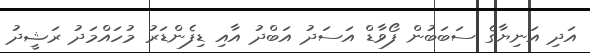
އަދި އަނިޔާގެ ސަބަބުން ފޯވާޑް އަސަދު އަބްދު އާއި ޑިފެންޑަރު މުހައްމަދު ރަޝީދު